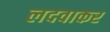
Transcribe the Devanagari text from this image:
लदवाकर